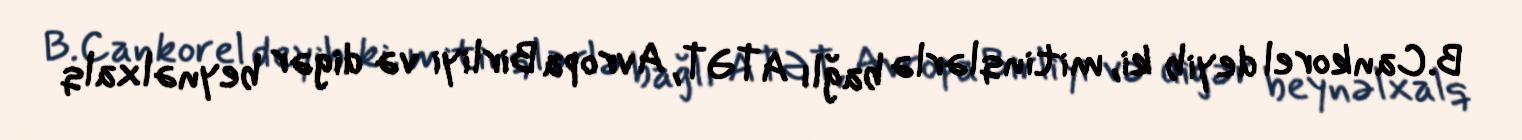
B.Cankorel deyib ki, mitinqlərlə bağlı ATƏT, Avropa Birliyi və digər beynəlxalq